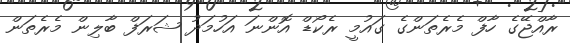
ރާއްޖޭގެ ހާފް މެރެތަންގެ ގައުމީ ރެކޯޑް އޮންނަ އަހުމަދު ޝަރަފް ބާލިން މެރެތަން